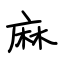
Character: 麻